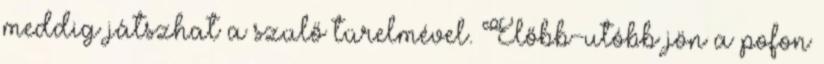
meddig játszhat a szülő türelmével. Előbb-utóbb jön a pofon